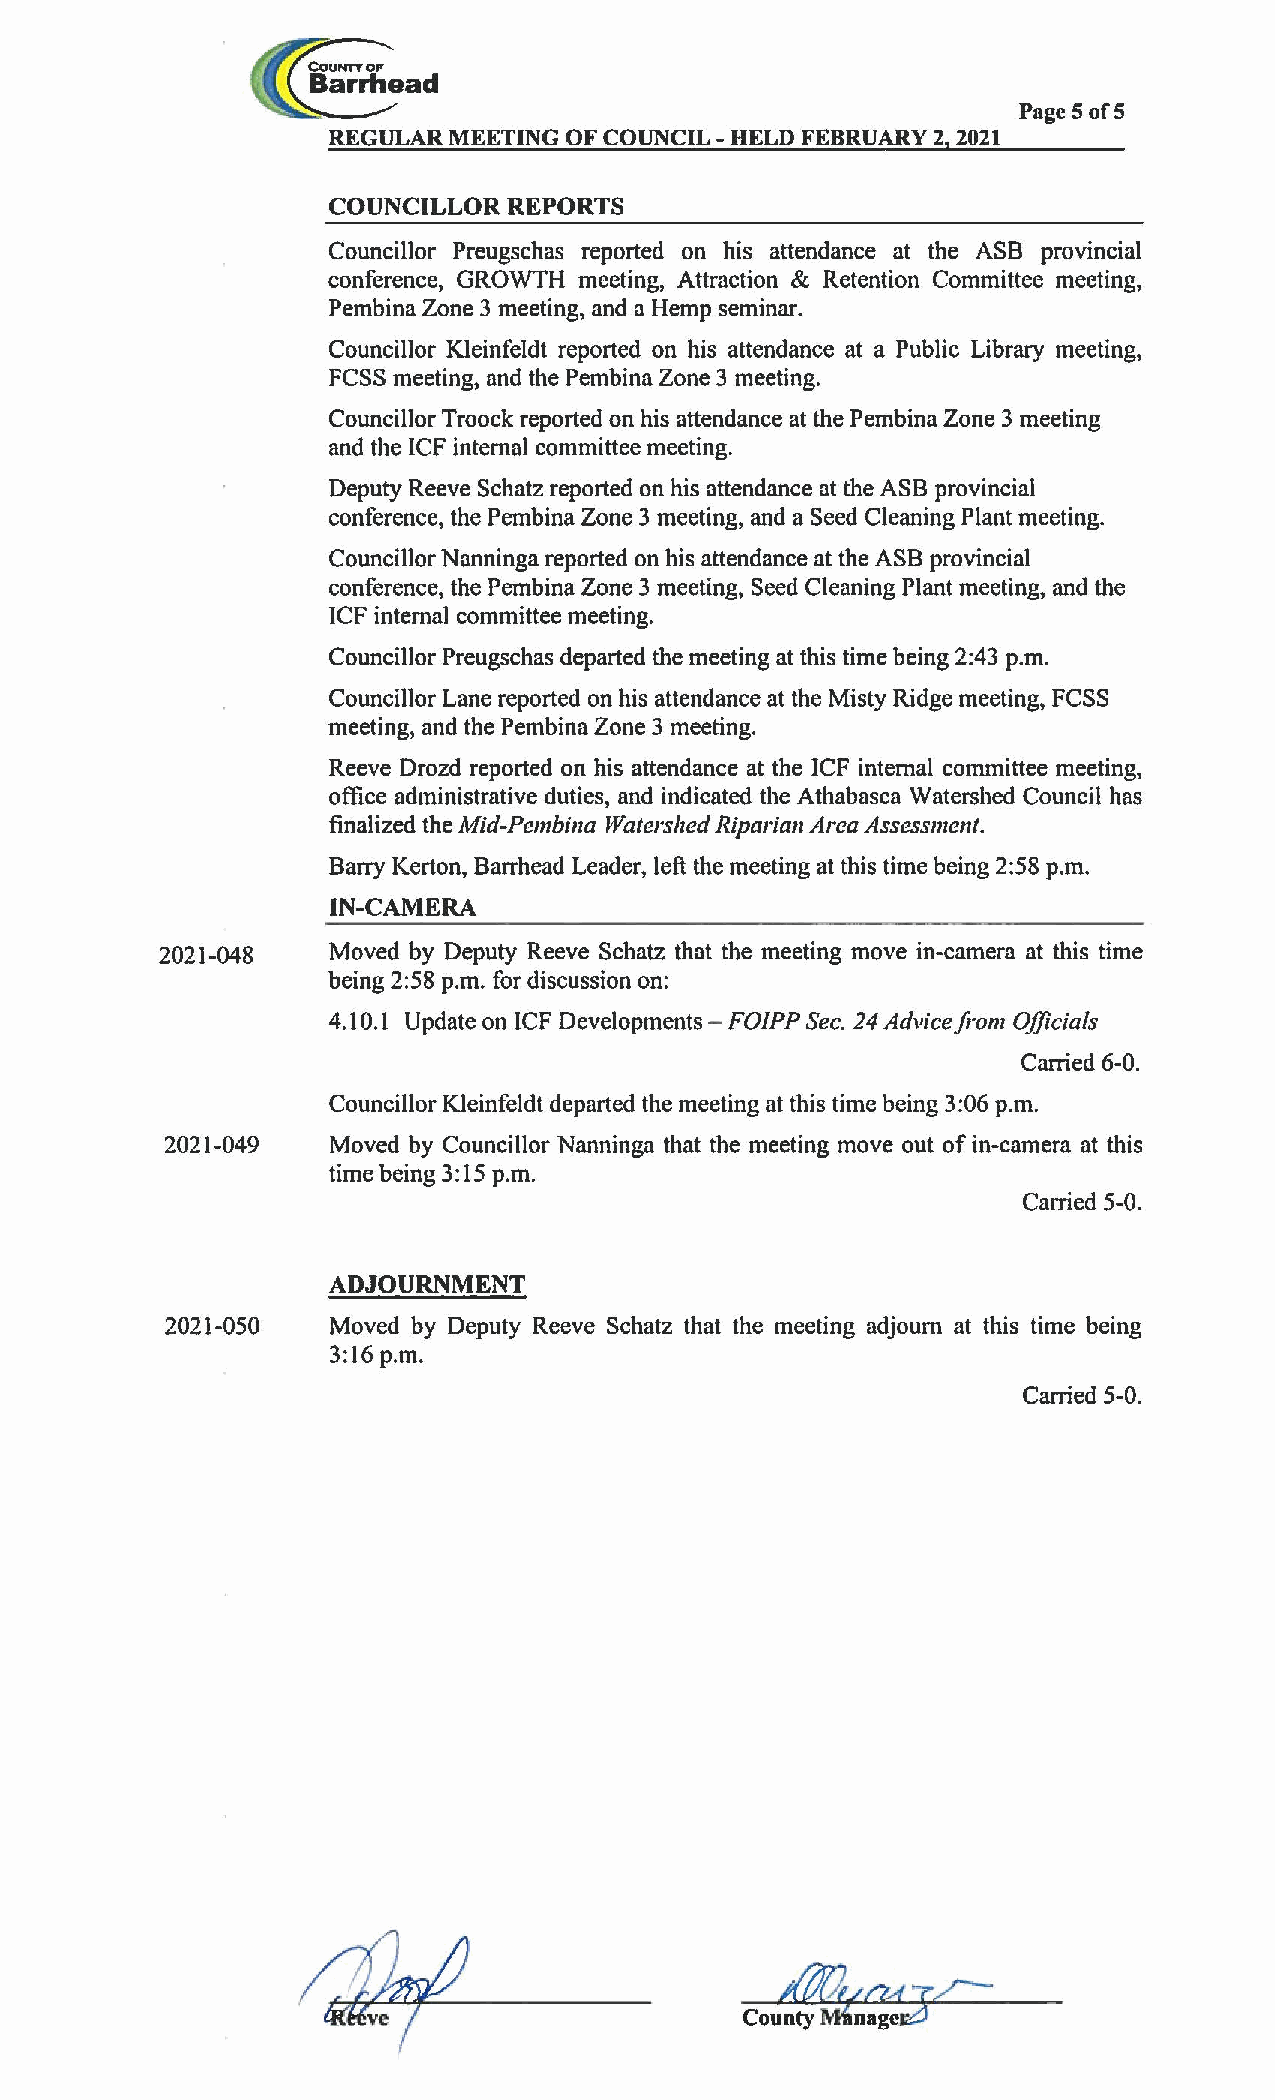
Page 5 of5
 REGULAR MEETING OF COUNCIL - HELD FEBRUARY 2, 2021
 COUNCILLOR  REPORTS
 Councillor Preugschas reported on his attendance at the ASB provincial
 conference, GROWTH meeting, Attraction & Retention Committee meeting,
 Pembina Zone 3 meeting, and a Hemp seminar.
 Councillor Kleinfeldt reported on his attendance at a Public Library meeting,
 FCSS meeting, and the Pembina Zone 3 meeting.
 Councillor Troock reported on his attendance at the Pembina Zone 3 meeting
 and the ICF internal committee meeting.
 Deputy Reeve Schatz reported on his attendance at the ASB provincial
 conference, the Pembina Zone 3 meeting, and a Seed Cleaning Plant meeting.
 Councillor Nanninga reported on his attendance at the ASB provincial
 conference, the Pembina Zone 3 meeting, Seed Cleaning Plant meeting, and the
 ICF internal committee meeting.
 Councillor Preugschas departed the meeting at this time being 2:43 p.m.
 Councillor Lane reported on his attendance at the Misty Ridge meeting, FCSS
 meeting, and the Pembina Zone 3 meeting.
 Reeve Drozd reported on his attendance at the ICF internal committee meeting,
 office administrative duties, and indicated the Athabasca Watershed Council has
 finalized the Mid-Pembina Watershed Riparian Area Assessment.
 Barry Kerton, Barrhead Leader, left the meeting at this time being 2:58 p.m.
 IN-CAMERA
 2021-048    Moved by Deputy Reeve Schatz that the meeting move in-camera at this time
 being 2:58 p.m. for discussion on:
 4.10.1 Update on ICF Developments - FOIPP Sec. 24 Advice from Officials
 Carried 6-0.
 Councillor Kleinfeldt departed the meeting at this time being 3:06 p.m.
 2021-049   Moved by Councillor Nanninga that the meeting move out of in-camera at this
 time being 3:15 p.m.
 Carried 5-0.
 ADJOURNMENT
 2021-050   Moved by Deputy Reeve Schatz that the meeting adjourn at this time being
 3:16 p.m.
 Carried 5-0.